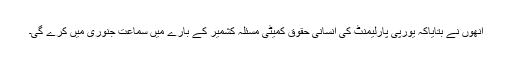
انھوں نے بتایاکہ یورپی پارلیمنٹ کی انسانی حقوق کمیٹی مسئلہ کشمیر کے بارے میں سماعت جنوری میں کرے گی۔